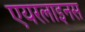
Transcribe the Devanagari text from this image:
एयरलाइनस